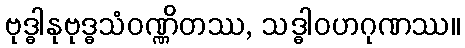
ဗုဒ္ဓါနုဗုဒ္ဓသံဝဏ္ဏိတဿ, သဒ္ဓါဝဟဂုဏဿ။